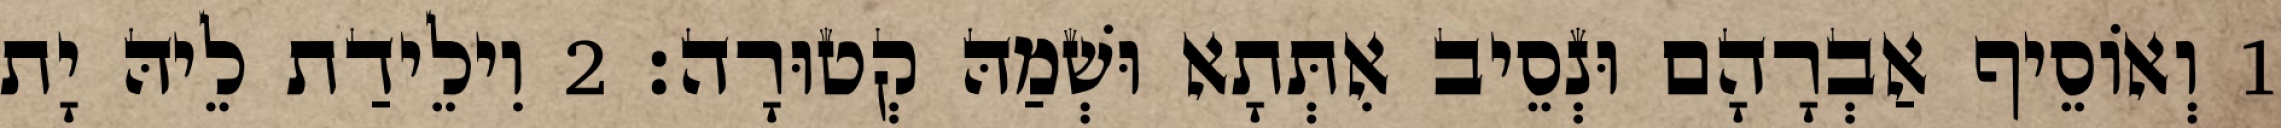
1 וְאוֹסֵיף אַבְרָהָם וּנְסֵיב אִתְּתָא וּשְׁמַהּ קְטוּרָה׃ 2 וִילֵידַת לֵיהּ יָת